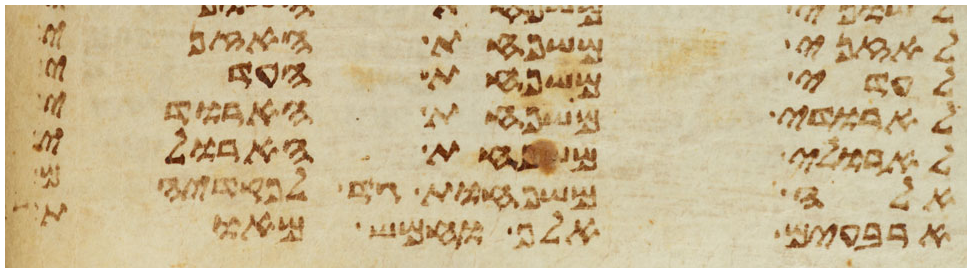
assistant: לאזני משפחת האזני
לעדי משפחת העדי
לארד משפחת הארדי
לארולי משפחת הארולי
אלה משפחות גד לפקדיהם
ארבעים אלף וחמש מאות